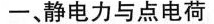
一、静电力与点电荷